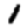
Digit: 1